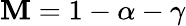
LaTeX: \mathbf{M}=1-\alpha-\gamma